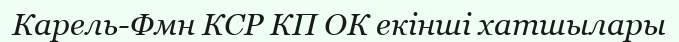
Карель-Фмн КСР КП ОК екінші хатшылары